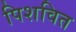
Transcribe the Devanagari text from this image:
पिशवित